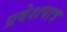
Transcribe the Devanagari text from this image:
प्रवेशपात्र